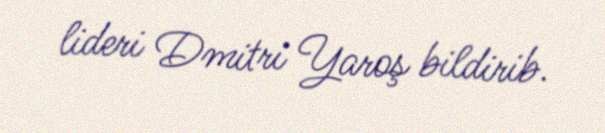
lideri Dmitri Yaroş bildirib.